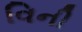
વિની